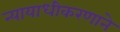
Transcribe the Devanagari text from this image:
न्यायाधीकरणाने